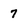
Character: 7